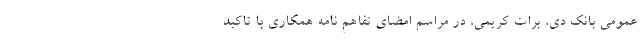
عمومی بانک دی، برات کریمی، در مراسم امضاي تفاهم نامه همكاري با تاکید